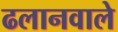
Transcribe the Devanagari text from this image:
ढलानवाले